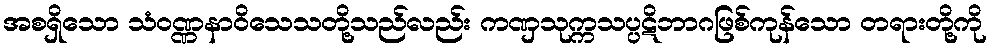
အစရှိသော သံဝဏ္ဏနာဝိသေသတို့သည်လည်း ကဏှသုက္ကသပ္ပဋိဘာဂဖြစ်ကုန်သော တရားတို့ကို